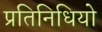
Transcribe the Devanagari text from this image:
प्रतिनिधियो